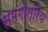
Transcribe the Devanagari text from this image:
समगोत्रिय